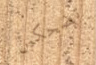
تضحكين